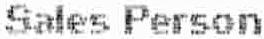
SALES PERSON